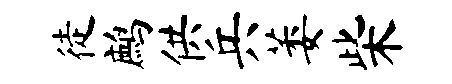
徒鹧供兵萎柴